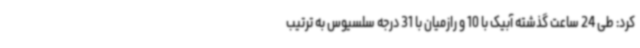
کرد: طی 24 ساعت گذشته آبیک با 10 و رازمیان با 31 درجه سلسیوس به ترتیب